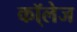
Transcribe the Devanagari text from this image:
कॉ्लेज